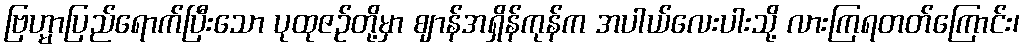
ဗြဟ္မာပြည်ရောက်ပြီးသော ပုထုဇဉ်တို့မှာ ဈာန်အရှိန်ကုန်က အပါယ်လေးပါးသို့ လားကြရတတ်ကြောင်း၊